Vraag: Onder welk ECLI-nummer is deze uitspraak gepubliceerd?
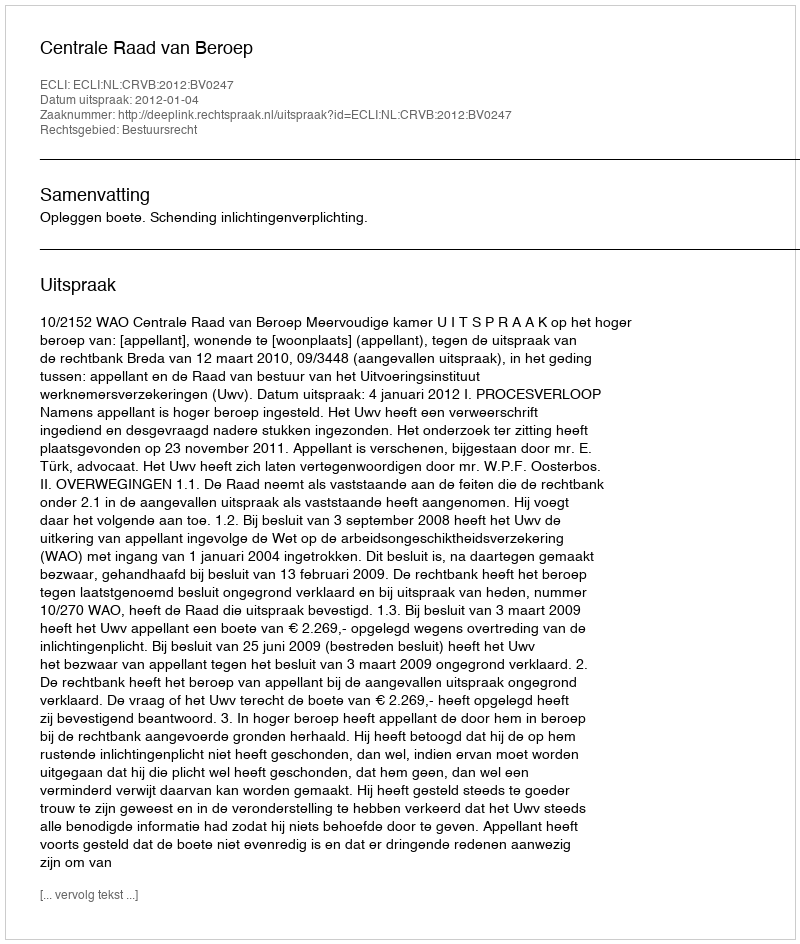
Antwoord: ECLI:NL:CRVB:2012:BV0247